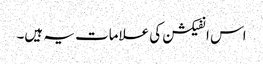
اس انفیکشن کی علامات یہ ہیں۔